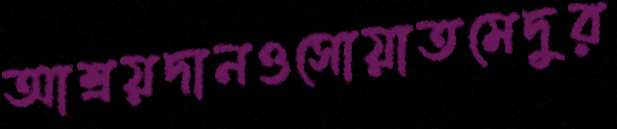
আশ্রয়দানওসোয়াতমেদুর